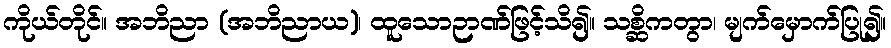
ကိုယ်တိုင်။ အဘိညာ (အဘိညာယ)၊ ထူသောဉာဏ်ဖြင့်သိ၍။ သစ္ဆိကတွာ၊ မျက်မှောက်ပြု၍။